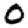
Digit: 0